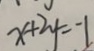
x + 2 y = - 1